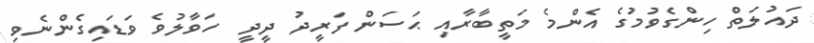
ދައުލަތް ހިންގެވުމުގެ އެންމެ މަތީބާރާއި ޙަސަން ފަރީދު ދީދީ  ހަވާލުވެ ވަޑައިގެންނެވި